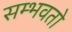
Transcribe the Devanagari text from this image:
सम्भवतो